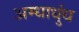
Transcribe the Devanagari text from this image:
अम्धाधुंध